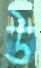
উ